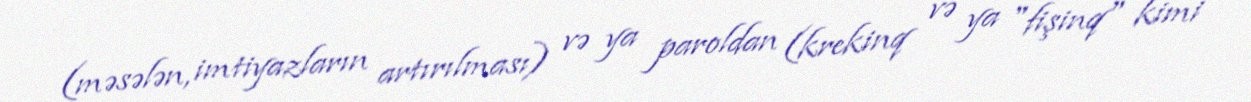
(məsələn, imtiyazların artırılması) və ya paroldan (krekinq və ya "fişinq" kimi